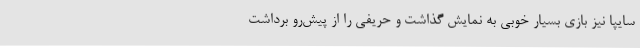
سایپا نیز بازی بسیار خوبی به نمایش گذاشت و حریفی را از پیش‌رو برداشت